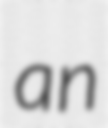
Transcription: an